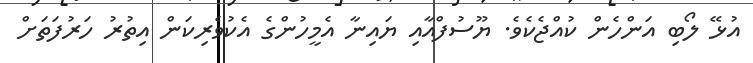
އުޅޭ ލޯބި އަންހެން ކުއްޖެކެވެ. ޔޫސުފްއާއި ޔައިނާ އެމީހުންގެ އެކުވެރިކަން އިތުރު ހަރުފަތަށް